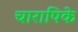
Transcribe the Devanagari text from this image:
चारापिके